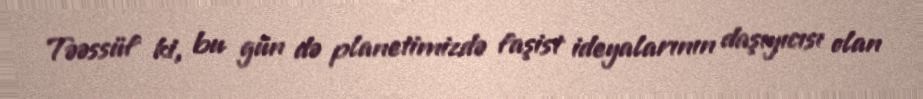
Təəssüf ki, bu gün də planetimizdə faşist ideyalarının daşıyıcısı olan